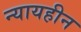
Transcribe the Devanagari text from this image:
न्यायहीन